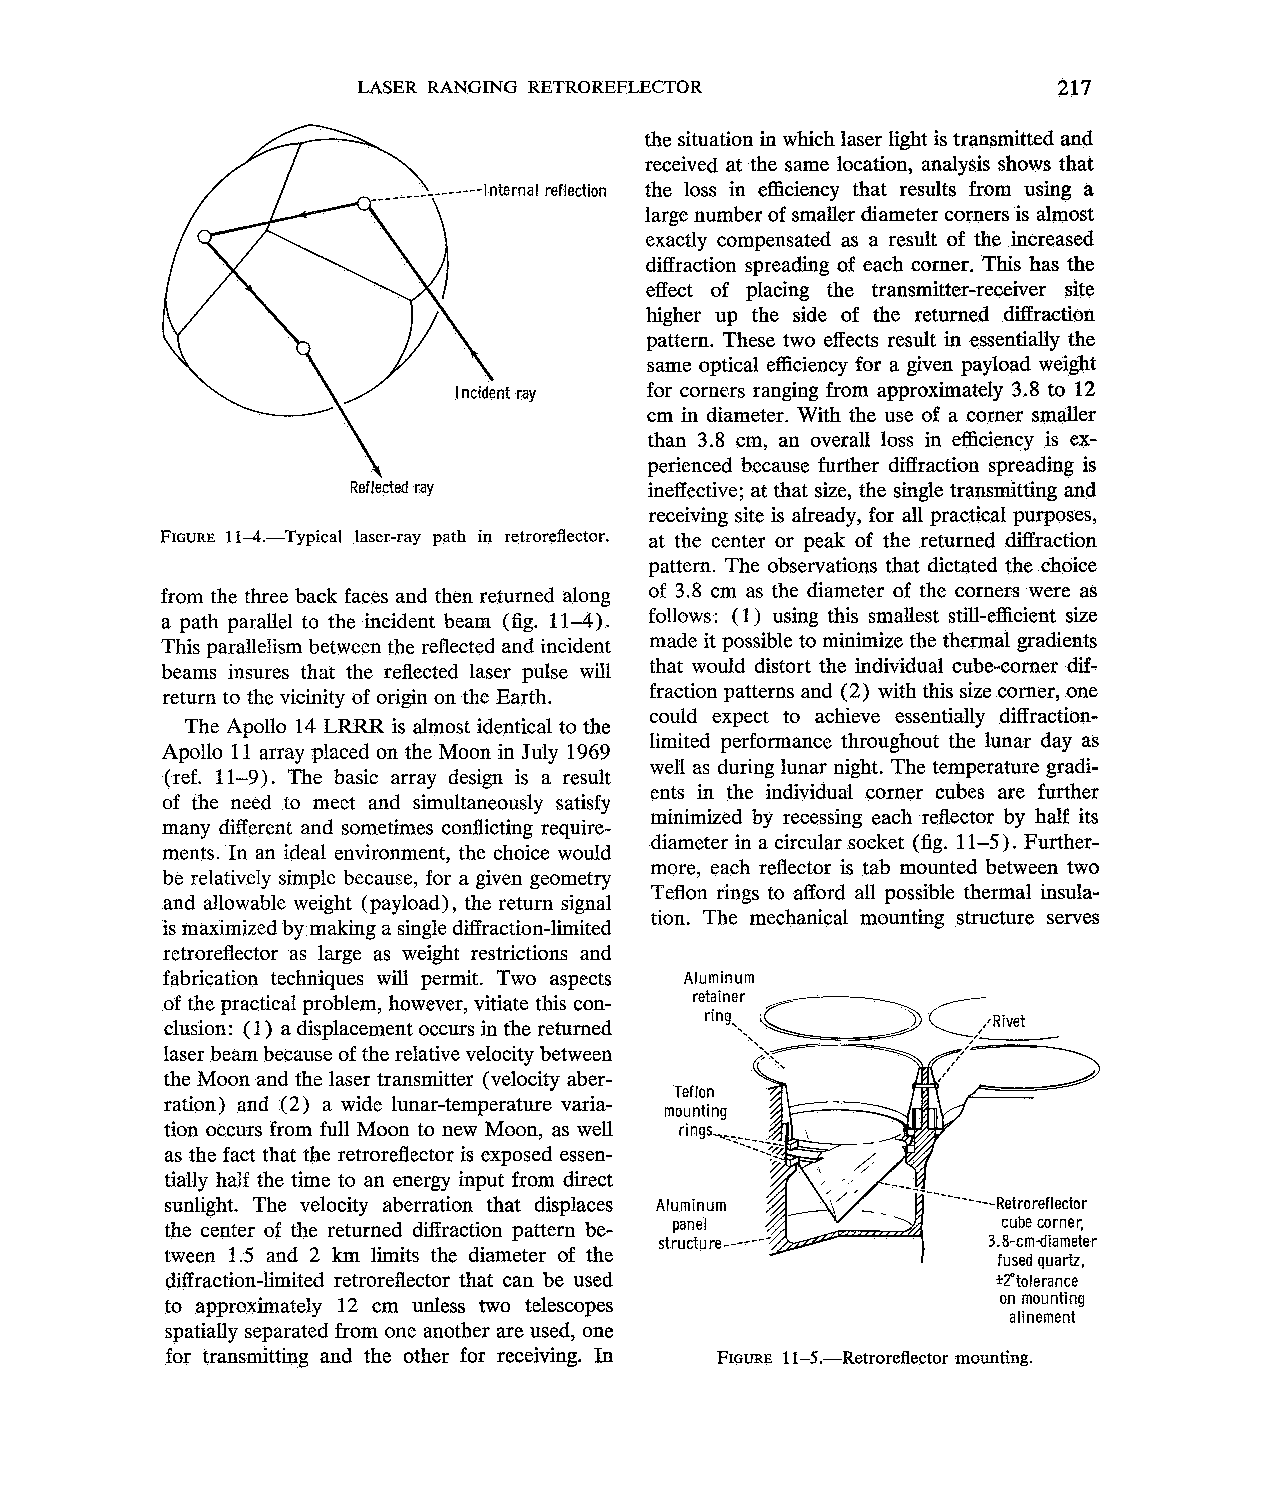
LASER RANGING RETROREFLECTOR                  217
 the situation in which laser light is transmitted and
 received at the same location, analysis shows that
 reflection the loss in efficiency that results from using a
 large number of smaller diameter corners is almost
 exactly compensated as a result of the increased
 diffraction spreading of each corner. This has the
 effect of placing the transmitter-receiver site
 higher up the side of the returned diffraction
 pattern. These two effects result in essentially the
 same optical efficiency for a given payload weight
 for corners ranging from approximately 3.8 to 12
 cm in diameter. With the use of a corner smaller
 than 3.8 cm, an overall loss in efficiency is ex-
 perienced because further diffraction spreading is
 Reflected ray       ineffective; at that size, the single transmitting and
 receiving site is already, for all practical purposes,
 FIGURE1 1-4.-Typical laser-ray path in retroreflector. at the center or peak of the returned diffraction
 pattern. The observations that dictated the choice
 from the three back faces and then returned along of 3.8 cm as the diameter of the corners were as
 a path parallel to the incident beam (fig. 11-4). follows: (1) using this smallest still-efficient size
 This parallelism between the reflected and incident made it possible to minimize the thermal gradients
 that would distort the individual cube-corner dif-
 beams insures that the reflected laser pulse will
 return to the vicinity of origin on the Earth. fraction patterns and (2) with this size corner, one
 could expect to achieve essentially diffraction-
 The Apollo 14 LRRR is almost identical to the
 limited performance throughout the lunar day as
 Apollo 11 array placed on the Moon in July 1969
 well as during lunar night. The temperature gradi-
 (ref. 11-9). The basic array design is a result
 ents in the individual corner cubes are further
 of the need to meet and simultaneously satisfy
 minimized by recessing each reflector by half its
 many different and sometimes conflicting require-
 diameter in a circular socket (fig. 11-5). Further-
 ments. In an ideal environment, the choice would
 more, each reflector is tab mounted between two
 be relatively simple because, for a given geometry
 Teflon rings to afford all possible thermal insula-
 and allowable weight (payload), the return signal
 tion. The mechanical mounting structure serves
 is maximized by making a single diffraction-limited
 retroreflector as large as weight restrictions and
 c>
 fabrication techniques will permit. Two aspects Aluminum
 of the practical problem, however, vitiate this con- retainer
 clusion: ( 1) a displacement occurs in the returned ring.,, c , R i v e t
 laser beam because of the relative velocity between
 the Moon and the laser transmitter (velocity aber-
 ration) and (2) a wide lunar-temperature varia-
 tion occurs from full Moon to new Moon, as well
 as the fact that the retroreflector is exposed essen-
 tially half the time to an energy input from direct
 sunlight. The velocity aberration that displaces
 the center of the returned diffraction pattern be-
 structure------      3.8-cmdiameter
 tween 1.5 and 2 km limits the diameter of the          fused quartz,
 diffraction-limited retroreflector that can be used    trtolerance
 on mounting
 to approximately 12 cm unless two telescopes
 alinement
 spatially separated from one another are used, one
 for transmitting and the other for receiving. In FIGUR1E1 -.5.-Retroreflector mounting.